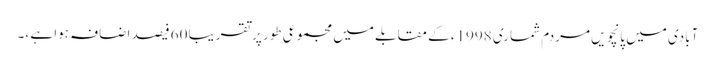
آبادی میں پانچویں مردم شماری 1998ء کے مقابلے میں مجموعی طور پرتقریباً 60 فیصد اضافہ ہوا ہے ،۔